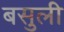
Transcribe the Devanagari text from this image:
बसुली